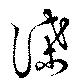
諜